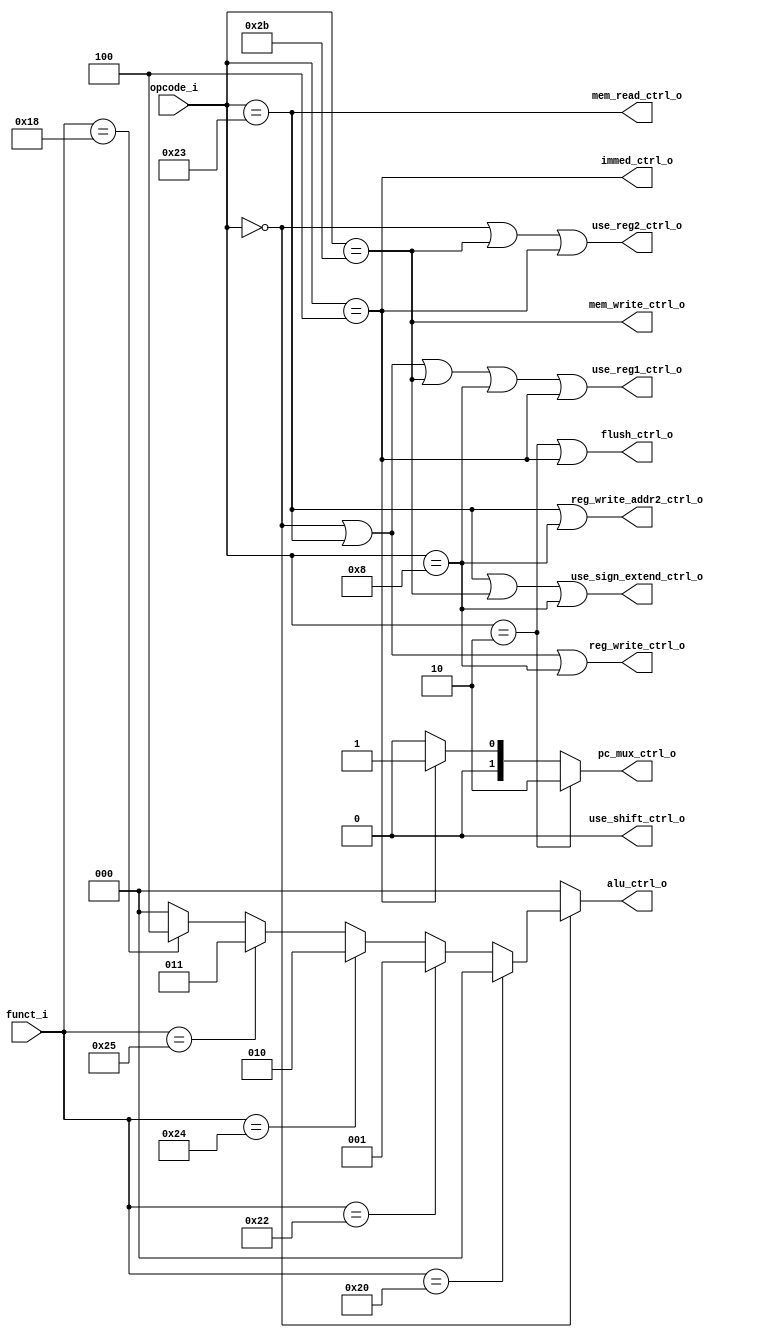
module Control (
    input [5:0] opcode_i,  // Opcode.
    input [5:0] funct_i,  // Function code.

    output reg_write_ctrl_o,  // Control flag for writing back or not.
    output mem_read_ctrl_o,  // Control flag for reading the memory or not.
    output mem_write_ctrl_o,  // Control flag for writing the memory or not.
    output [2:0] alu_ctrl_o,  // Control flag for ALU.
    output use_reg1_ctrl_o,  // Ctrl flag for using the reg1 as source of ALU.
    output use_reg2_ctrl_o,  // Ctrl flag for using the reg2 as source of ALU.
    output use_shift_ctrl_o,  // Ctrl flag for using the shift amount or not.
    output use_sign_extend_ctrl_o,  // Ctrl flag for using the sign extended
                                    // value as data2 or not.
    output flush_ctrl_o,  // Ctrl flag for flushing the IDToEx or not.
    output [1:0] pc_mux_ctrl_o,  // Control flag for PCMux.
    output immed_ctrl_o,  // This operation will calculate immediately or not.
    output reg_write_addr2_ctrl_o  // Whether this instruction should write to
                                   // register 2 or not (otherwise: register 3).
);

// For add/sub/and/or/mul/lw/addi, the result of the instruction should be write
// back to the register.
assign reg_write_ctrl_o = (opcode_i == 6'b000000 ||  // add/sub/and/or/mul
                           opcode_i == 6'b100011 ||  // lw
                           opcode_i == 6'b001000);  // addi

// For lw, it needs to get datus from the data memory.
assign mem_read_ctrl_o = (opcode_i == 6'b100011);  // lw

// For sw, it needs to write datus to the data memory.
assign mem_write_ctrl_o = (opcode_i == 6'b101011);  // sw

// Sees alu.v for details about meaning of each value in alu_ctrl.
// Note: For lw, sw, addi, the ALU shell adds the value in register 1 and the
//       sign extended value gived in instruction[15:0].
assign alu_ctrl_o = (opcode_i == 6'b000000 ?  // add, sub, and, or, mul
                        (funct_i == 6'b100000 ? 3'b000 :  // add => +
                         funct_i == 6'b100010 ? 3'b001 :  // sub => -
                         funct_i == 6'b100100 ? 3'b010 :  // and => &
                         funct_i == 6'b100101 ? 3'b011 :  // or => |
                         funct_i == 6'b011000 ? 3'b100 :  // mul => *
                         0) :
                     opcode_i == 6'b100011 ? 3'b000 : // lw => +
                     opcode_i == 6'b101011 ? 3'b000 : // sw => +
                     opcode_i == 6'b001000 ? 3'b000 : // addi => +
                     0);

// The add/sub/and/or/mul/lw/sw/addi/beq instructions will all use the value
// in the register 1.  (It should output this signal because the HazardHandler,
// ForwardingHandler needs this signal).
assign use_reg1_ctrl_o = (opcode_i == 6'b000000 ||  // add, sub, and, or, mul
                          opcode_i == 6'b100011 ||  // lw
                          opcode_i == 6'b101011 ||  // sw
                          opcode_i == 6'b001000 ||  // addi
                          opcode_i == 6'b000100);  // beq

// The add/sub/and/or/mul/sw/beq will use the value in the register 2.  (Note
// that lw, addi will just write data to the register2, so them doesn't need to
// know what the original value in register2).
assign use_reg2_ctrl_o = (opcode_i == 6'b000000 ||  // add, sub, and, or, mul
                          opcode_i == 6'b101011 ||  // sw
                          opcode_i == 6'b000100);  // beq

// This cpu doesn't support sll, srl, so it is always be zero.
assign use_shift_ctrl_o = 0;

// For lw, sw, addi, the ALU should adds the value in the register 1 by the
// value gived by the sign extend operation instead of the value in the
// register 2.
assign use_sign_extend_ctrl_o = (opcode_i == 6'b100011 ||  // lw
                                 opcode_i == 6'b101011 ||  // sw
                                 opcode_i == 6'b001000);  // addi

// When whe got the j/beq instructions, we needs to tell the IFToID pipeline
// to flush the content in it instead of getting the instruction by
// InstructionMemory because at the same time InstrctionMemory has already put
// the wrong instruction to the output port by wrong PC which is
// "the current PC" + 4.
assign flush_ctrl_o = (opcode_i == 6'b000010 ||  // j
                       opcode_i == 6'b000100);  // beq

// For beq, it needs the values in the register1 and register2 in decoding stage
// instead of executing stage.
assign immed_ctrl_o = (opcode_i == 6'b000100);  // beq

assign pc_mux_ctrl_o = (opcode_i == 6'b000010 ? 2'b10 :  // j
                        opcode_i == 6'b000100 ? 2'b01 :  // beq
                        2'b00);  // (just go next)

// For lw/addi, them will also write back to the register, but the register
// address is not register 3 (instruction[15:11]), it is register
// 2 (instruction[20:16]).
assign reg_write_addr2_ctrl_o = (opcode_i == 6'b100011 ||  // lw
                                 opcode_i == 6'b001000);  // addi

endmodule